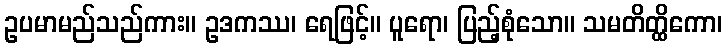
ဥပမာမည်သည်ကား။ ဥဒကဿ၊ ရေဖြင့်။ ပူရော၊ ပြည့်စုံသော။ သမတိတ္ထိကော၊